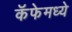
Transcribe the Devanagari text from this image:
कॅफेमध्ये